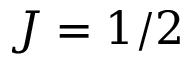
J = 1 / 2